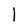
Character: 1